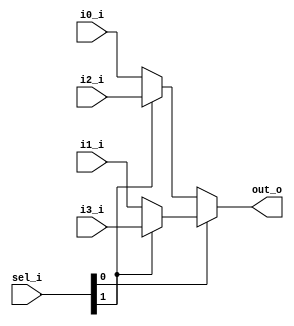
// This program was cloned from: https://github.com/mbaykenar/digital-logic-design
// License: Apache License 2.0

`timescale 1ns / 1ps
//////////////////////////////////////////////////////////////////////////////////
// Company: 
// Engineer: 
// 
// Design Name: 
// Module Name: mux_4_1_8bit_assign
// Project Name: 
// Target Devices: 
// Tool Versions: 
// Description: 
// 
// Dependencies: 
// 
// Revision:
// Revision 0.01 - File Created
// Additional Comments:
// 
//////////////////////////////////////////////////////////////////////////////////


module mux_4_1_8bit_assign
(
input [7:0] i0_i,
input [7:0] i1_i,
input [7:0] i2_i,
input [7:0] i3_i,
input [1:0] sel_i,
output [7:0] out_o
);

assign out_o =  (sel_i[0] == 1'b0) ? 
                (sel_i[1] == 1'b0) ? i0_i : i2_i :
                (sel_i[1] == 1'b0) ? i1_i : i3_i;

//assign out_o =  (sel_i == 2'b00) ? i0_i : 
//                (sel_i == 2'b01) ? i1_i :
//                (sel_i == 2'b10) ? i2_i :
//                                   i3_i;                

endmodule